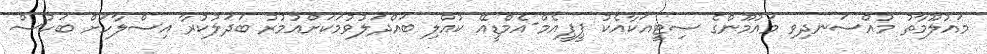
މައުލޫމާތު މުއްސަނދިވި މައުމޫންގެ ސިޓީއަކާއެކު ޕީޕީއެމް-އެމްޑީއޭ ކުއްލި ބައްދަލުވުމަކަށްއުމުރު ބަދަލުކުރާ އިސްލާހަށް ބަހުސް